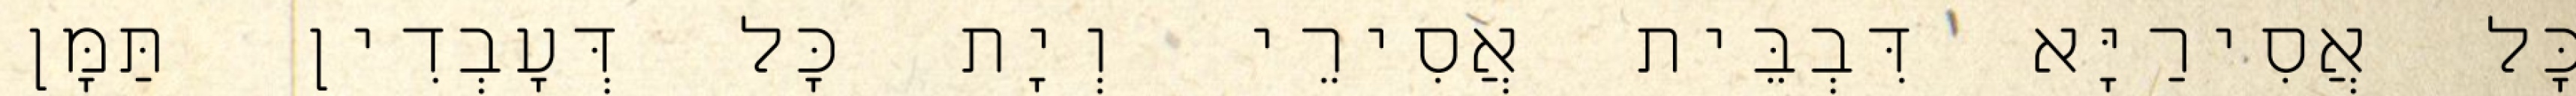
כָּל אֲסִירַיָּא דִּבְבֵּית אֲסִירֵי וְיָת כָּל דְּעָבְדִין תַּמָּן